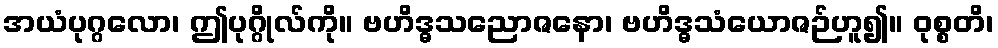
အယံပုဂ္ဂလော၊ ဤပုဂ္ဂိုလ်ကို။ ဗဟိဒ္ဓသညောဇနော၊ ဗဟိဒ္ဓသံယောဇဉ်ဟူ၍။ ဝုစ္စတိ၊